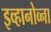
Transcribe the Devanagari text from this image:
इव्हानोव्ना